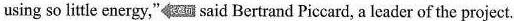
using so little energy,"said Bertrand Piccard, a leader of the project.